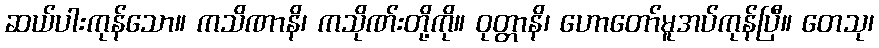
ဆယ်ပါးကုန်သော။ ကသိဏာနိ၊ ကသိုဏ်းတို့ကို။ ဝုတ္တာနိ၊ ဟောတော်မူအပ်ကုန်ပြီ။ တေသု၊